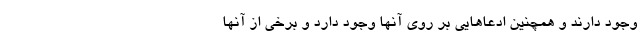
وجود دارند و همچنین ادعاهایی بر روی آنها وجود دارد و برخی از آنها